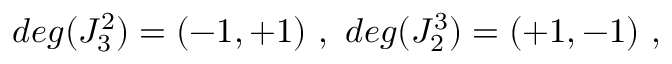
d e g ( J _ { 3 } ^ { 2 } ) = ( - 1 , + 1 ) \ , \ d e g ( J _ { 2 } ^ { 3 } ) = ( + 1 , - 1 ) \ ,